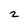
Character: 2